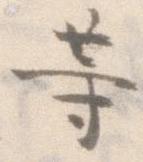
等